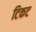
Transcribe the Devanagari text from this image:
टिकट